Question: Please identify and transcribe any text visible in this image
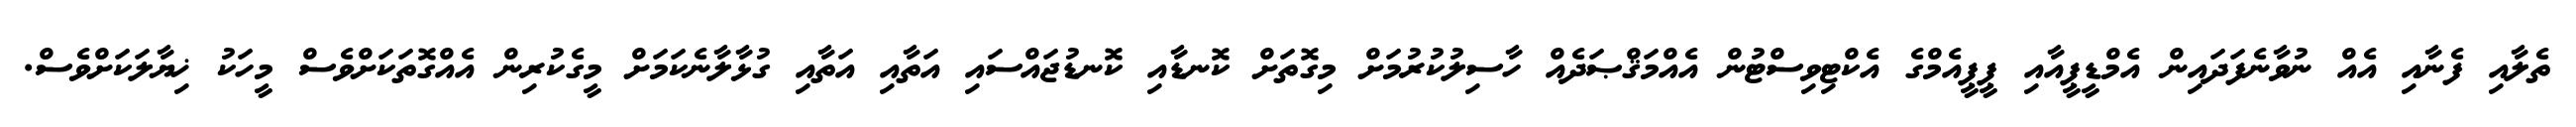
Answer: ތެލާއި ފެނާއި އެއް ނުވާނެފަދައިން އެމްޑީޕީއާއި ޕީޕީއެމްގެ އެކްޓިވިސްޓުން އެއްމަޤްޞަދެއް ހާސިލުކުރުމަށް މިގޮތަށް ކޮނޑާއި ކޮނޑުޖައްސައި އަތާއި އަތާއި ގުޅާލާނެކަމަށް މީގެކުރިން އެއްގޮތަކަށްވެސް މީހަކު ޚިޔާލަކަށްވެސް.